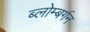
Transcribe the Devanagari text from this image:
ब्लोम्बर्गन